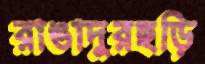
রাঙাদুরছড়ি